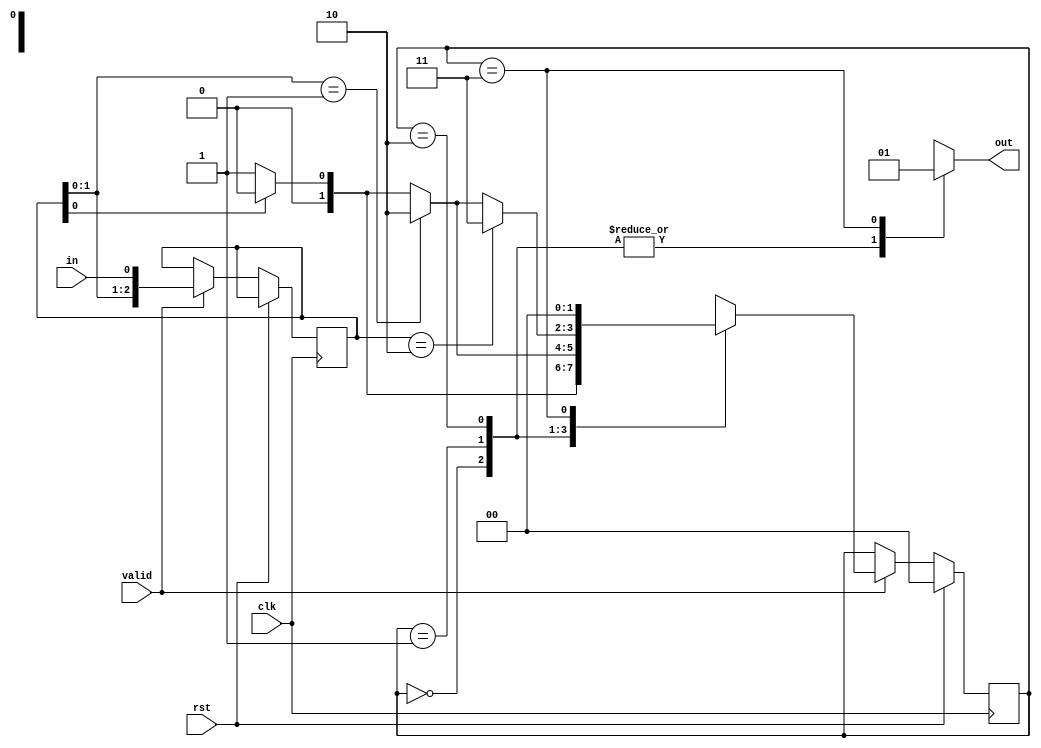
// Explicit moore fsm style coding for 3 bit dynamic pattern detector
module dyn_pattern_exp(clk, rst, valid, in, out);

parameter S0 = 4'b0000, // Reset state
		  S1 = 4'b0001, // 1st bit detected
		  S2 = 4'b0010, // 2nd bit detected
		  S3 = 4'b0011; // 3rd bit detected

input clk, rst, valid, in;
output reg out;

// Pattern stores the 3 bit pattern to detect
// While buffer is used to collect incoming input bits 
reg [2 : 0] pattern, buffer;
reg [1 : 0] cs, ns;

initial begin 
	pattern = 3'b010;
	buffer = 0;
	out = 0;
end

always @ (cs) begin
	case(cs)
		S0: out = 0;
		S1: out = 0;
		S2: out = 0;
		S3: out = 1;
		default: out = 0;
	endcase
end

always @ (posedge clk) begin
	if (rst == 1) cs <= S0;
	else if (valid == 1) begin
		buffer = {buffer[1:0],in};
		cs <= ns;
	end
	else cs <= cs;
end

always @ (cs, in) begin
	case(cs)
		S0: begin
			if (buffer[0] == pattern[2]) ns = S1;
			else ns = S0;
		end

		S1: begin
			if (buffer[1:0] == pattern[2:1]) ns = S2;
			else if (buffer[0] == pattern[2]) ns = S1;
			else ns = S0;
		end

		S2: begin
			if (buffer[2:0] == pattern[2:0]) ns = S3;
			else if (buffer[1:0] == pattern[2:1]) ns = S2;
			else if (buffer[0] == pattern[2]) ns = S1;
			else ns = S0;
		end

		S3: begin
			// For non-overlapping
			ns = S0;
			// For overlapping
			/*if (buffer[2:0] == pattern[2:0]) ns = S3;
			else if (buffer[1:0] == pattern[2:1]) ns = S2;
			else if (buffer[0] == pattern[2]) ns = S1;
			else ns = S0;*/
		end

		default: begin
			ns = S0;
		end
	endcase
end

endmodule